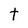
Character: t